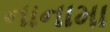
નાનામા